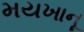
મયખાનૂ